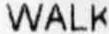
WALK